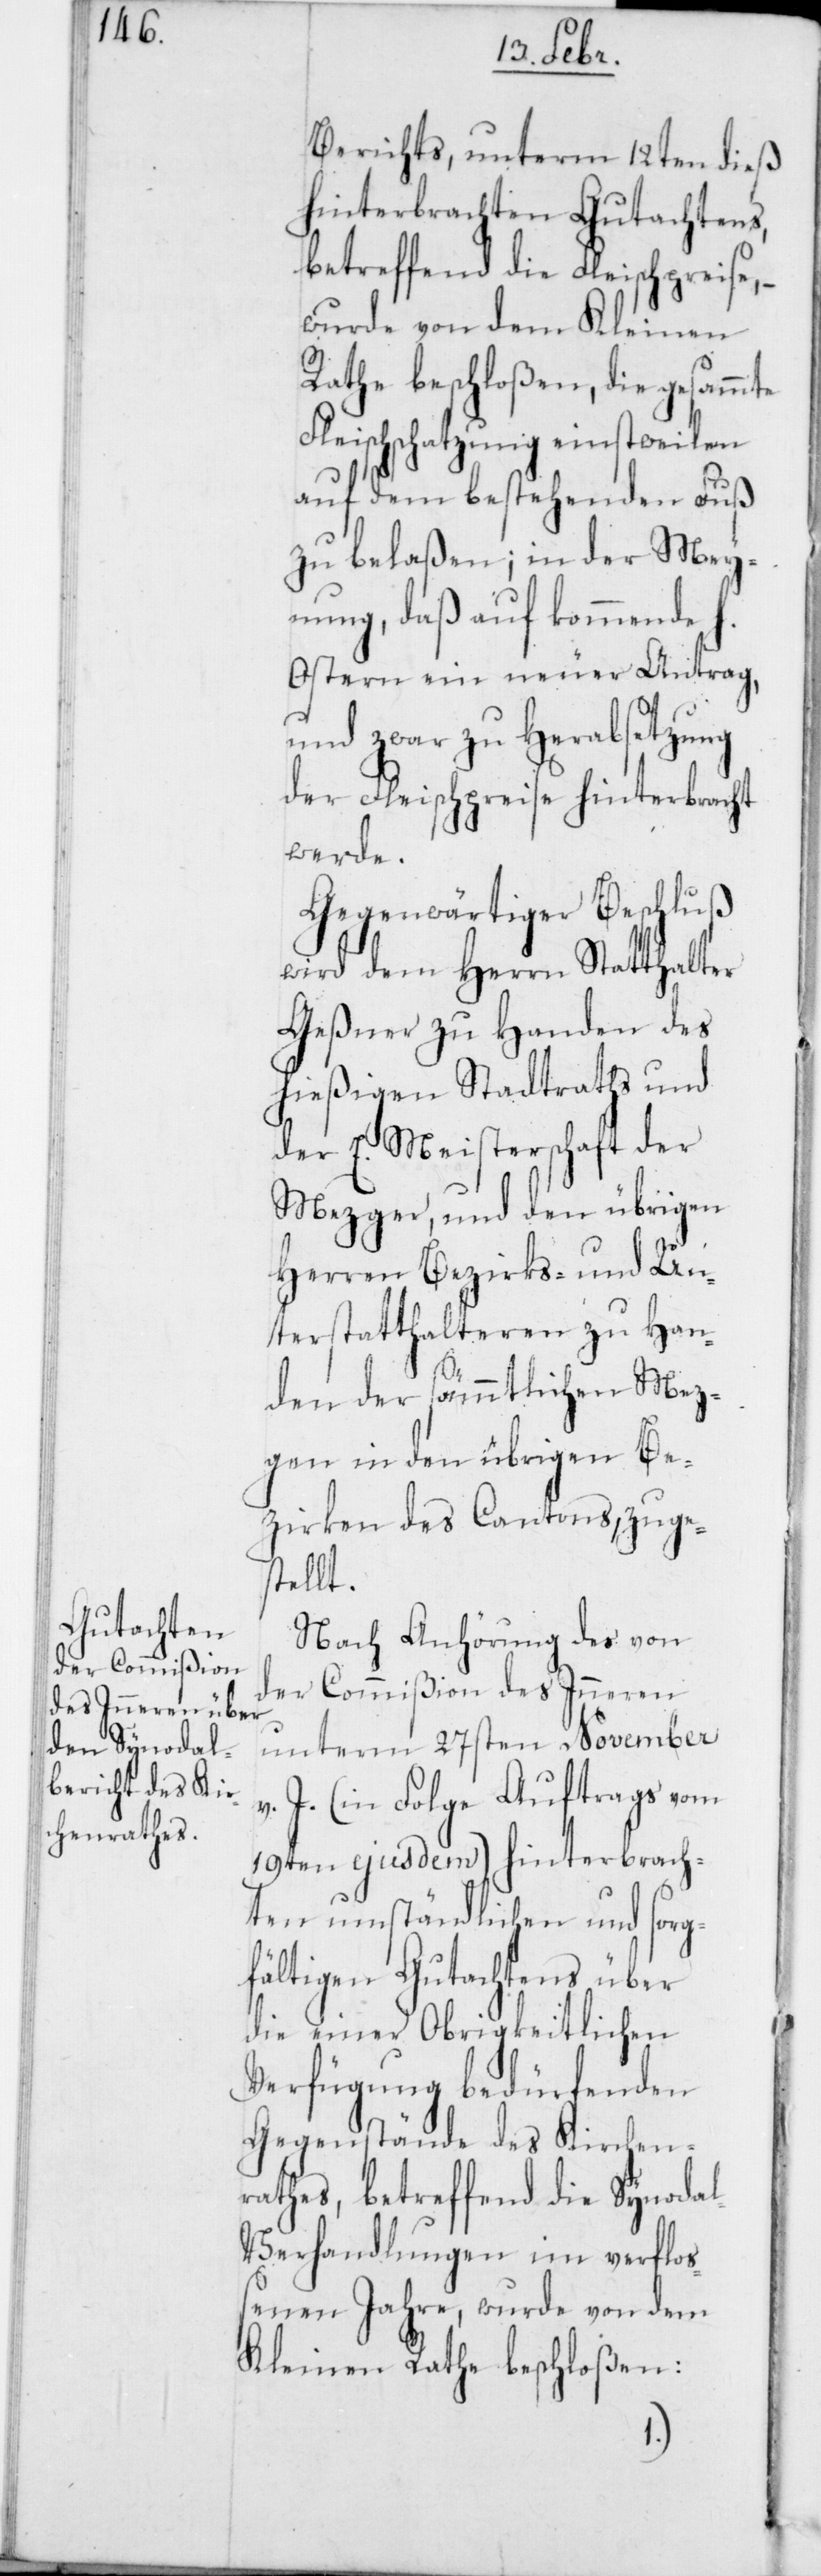
Berichts, unterm 12ten dieß
hinterbrachten Gutachtens,
betreffend die Fleischpreise,
wurde von dem Kleinen
Rathe beschloßen, die gesammte
Fleischschatzung einstweilen
auf dem bestehenden Fuß
zu belaßen; in der Mey¬
nung, daß auf kommende h.
Ostern ein neuer Antrag,
und zwar zu Herabsetzung
der Fleischpreise hinterbracht
werde.
Gegenwärtiger Beschluß
wird dem Herrn Statthalter
Geßner zu Handen des
hießigen Stadtraths und
der E. Meisterschaft der
Mezger, und den übrigen
Herren Bezirks- und Un¬
terstatthalteren zu Han¬
den der sämmtlichen Mez¬
gen in den übrigen Be¬
zirken des Cantons, zuges¬
tellt.
Nach Anhörung des von
der Commißion des Inneren
unterm 27sten November
v. J. (in Folge Auftrags vom
19ten ejusdem) hinterbrach¬
ten umständlichen und sorg¬
fältigen Gutachtens über
die einer Obrigkeitlichen
Verfügung bedürfenden
Gegenstände des Kirchen¬
rathes, betreffend die Synoda¬
l-Verhandlungen im verflo¬
ßenen Jahre, wurde von dem
Kleinen Rathe beschloßen: